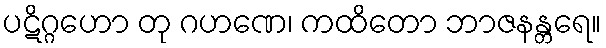
ပဋိဂ္ဂဟော တု ဂဟဏေ၊ ကထိတော ဘာဇနန္တရေ။